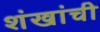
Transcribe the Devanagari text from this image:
शंखांची